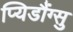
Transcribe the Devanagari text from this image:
प्यिडौंग्सु